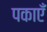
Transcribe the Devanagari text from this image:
पकाएँ